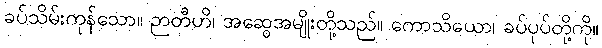
ခပ်သိမ်းကုန်သော။ ဉာတီဟိ၊ အဆွေအမျိုးတို့သည်။ ကောသိယော၊ ခပ်ပုပ်တို့ကို။